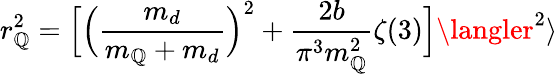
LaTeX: r_{\mathbb{Q}}^{2}=\Bigl[\Bigl({\frac{{m_{d}}}{{m_{\mathbb{Q}}+m_{d}}}}\Bigr)^{2}+{\frac{{2b}}{{\pi^{3}m_{\mathbb{Q}}^{2}}}}\zeta(3)\Bigr]\langler^{2}\rangle